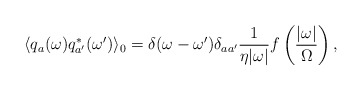
\begin{align*}\langle q_a(\omega)q_{a'}^{*}(\omega ') \rangle_0=\delta (\omega-\omega ') \delta_{aa'}\frac{1}{\eta |\omega|}f \left ( \frac{|\omega|}{\Omega} \right ),\end{align*}